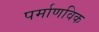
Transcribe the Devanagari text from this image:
पर्माणविक